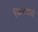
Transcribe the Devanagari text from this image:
किरदारो